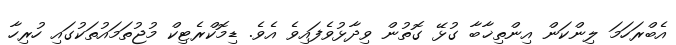
އެބްރަހަމަ ލިންކަން އިންތިޚާބާ ގުޅޭ ގޮތުން ވިދާޅުވެފައިވެ އެވެ. ޑިމޮކްރެޓިކް މުޖުތަމައުތަކުގައި ހުރިހާ